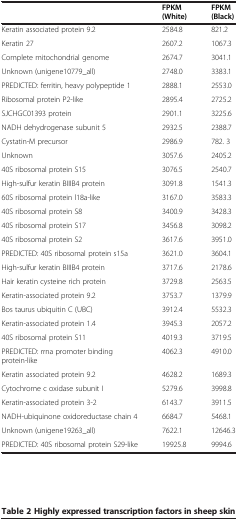
<table><thead><tr><td>[EMPTY_CELL]</td><td><b>FPKM (White)</b></td><td><b>FPKM (Black)</b></td></tr></thead><tbody><tr><td>Keratin associated protein 9.2</td><td>2584.8</td><td>821.2</td></tr><tr><td>Keratin 27</td><td>2607.2</td><td>1067.3</td></tr><tr><td>Complete mitochondrial genome</td><td>2674.7</td><td>3041.1</td></tr><tr><td>Unknown (unigene10779_all)</td><td>2748.0</td><td>3383.1</td></tr><tr><td>PREDICTED: ferritin, heavy polypeptide 1</td><td>2888.1</td><td>2553.0</td></tr><tr><td>Ribosomal protein P2-like</td><td>2895.4</td><td>2725.2</td></tr><tr><td>SJCHGC01393 protein</td><td>2901.1</td><td>3225.6</td></tr><tr><td>NADH dehydrogenase subunit 5</td><td>2932.5</td><td>2388.7</td></tr><tr><td>Cystatin-M precursor</td><td>2986.9</td><td>782. 3</td></tr><tr><td>Unknown</td><td>3057.6</td><td>2405.2</td></tr><tr><td>40S ribosomal protein S15</td><td>3076.5</td><td>2540.7</td></tr><tr><td>High-sulfur keratin BIIIB4 protein</td><td>3091.8</td><td>1541.3</td></tr><tr><td>60S ribosomal protein l18a-like</td><td>3167.0</td><td>3583.3</td></tr><tr><td>40S ribosomal protein S8</td><td>3400.9</td><td>3428.3</td></tr><tr><td>40S ribosomal protein S17</td><td>3456.8</td><td>3098.2</td></tr><tr><td>40S ribosomal protein S2</td><td>3617.6</td><td>3951.0</td></tr><tr><td>PREDICTED: 40S ribosomal protein s15a</td><td>3621.0</td><td>3604.1</td></tr><tr><td>High-sulfur keratin BIIIB4 protein</td><td>3717.6</td><td>2178.6</td></tr><tr><td>Hair keratin cysteine rich protein</td><td>3729.8</td><td>2563.5</td></tr><tr><td>Keratin-associated protein 9.2</td><td>3753.7</td><td>1379.9</td></tr><tr><td>Bos taurus ubiquitin C (UBC)</td><td>3912.4</td><td>5532.3</td></tr><tr><td>Keratin-associated protein 1.4</td><td>3945.3</td><td>2057.2</td></tr><tr><td>40S ribosomal protein S11</td><td>4019.3</td><td>3719.5</td></tr><tr><td>PREDICTED: rrna promoter binding protein-like</td><td>4062.3</td><td>4910.0</td></tr><tr><td>Keratin associated protein 9.2</td><td>4628.2</td><td>1689.3</td></tr><tr><td>Cytochrome c oxidase subunit I</td><td>5279.6</td><td>3998.8</td></tr><tr><td>Keratin-associated protein 3-2</td><td>6143.7</td><td>3911.5</td></tr><tr><td>NADH-ubiquinone oxidoreductase chain 4</td><td>6684.7</td><td>5468.1</td></tr><tr><td>Unknown (unigene19263_all)</td><td>7622.1</td><td>12646.3</td></tr><tr><td>PREDICTED: 40S ribosomal protein S29-like</td><td>19925.8</td><td>9994.6</td></tr></tbody></table>